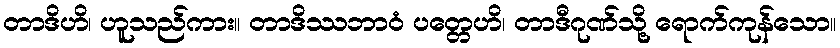
တာဒိဟိ၊ ဟူသည်ကား။ တာဒိဿဘာဝံ ပတ္တေဟိ၊ တာဒီဂုဏ်သို့ ရောက်ကုန်သော။